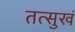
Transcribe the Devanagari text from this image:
तत्सुखं